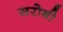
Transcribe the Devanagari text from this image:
सरोबी